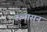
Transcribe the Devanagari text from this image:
रत्नासन